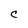
Character: C